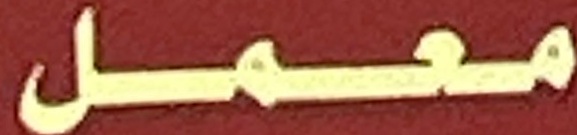
معمل